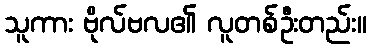
သူကား ဗိုလ်ဗလ၏ လူတစ်ဦးတည်း။